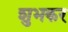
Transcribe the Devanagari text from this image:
शुभकर